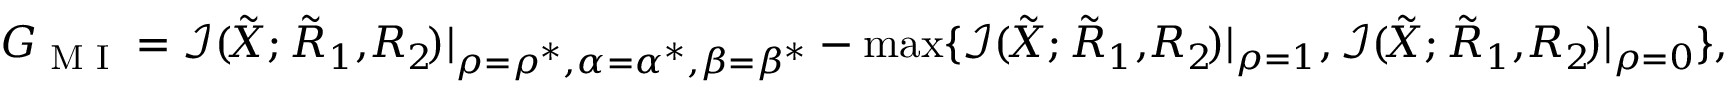
\begin{array} { r l } & { G _ { \textrm { M I } } = \mathcal { I } ( \! { { \tilde { X } } } ; { { { \tilde { R } } } _ { 1 } } , \! { { { R } } _ { 2 } } \! ) | _ { \boldsymbol { \rho } = \boldsymbol { \rho ^ { * } } , \boldsymbol { \alpha } = \boldsymbol { \alpha ^ { * } } , \boldsymbol { \beta } = \boldsymbol { \beta ^ { * } } } - \operatorname* { m a x } \{ \mathcal { I } ( \! { { \tilde { X } } } ; { { { \tilde { R } } } _ { 1 } } , \! { { { R } } _ { 2 } } \! ) | _ { \rho = 1 } , \mathcal { I } ( \! { { \tilde { X } } } ; { { { \tilde { R } } } _ { 1 } } , \! { { { R } } _ { 2 } } \! ) | _ { \rho = 0 } \} , } \end{array}